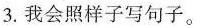
3.我会照样子写句子。